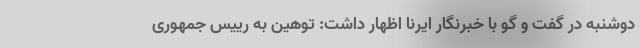
دوشنبه در گفت و گو با خبرنگار ایرنا اظهار داشت: توهین به رییس جمهوری